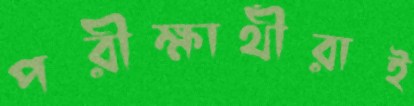
পরীক্ষার্থীরাই